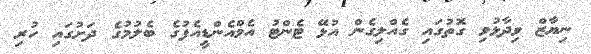
ނިޔާޒް ވިދާޅުވި ގޮތުގައި ގެއްލިގެން އުޅޭ ޓެންޓު އެމްއެންޑީއެފުގެ ބެލުމުގެ ދަށުގައި ހުރި